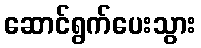
ဆောင်ရွက်ပေးသွား